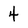
Character: 4